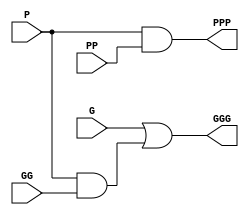
`timescale 1ns / 1ps
//////////////////////////////////////////////////////////////////////////////////
// Company: 
// Engineer: 
// 
// Design Name: 
// Module Name:    kogge_stone_4bit 
// Project Name: 
// Target Devices: 
// Tool versions: 
// Description: 
//
// Dependencies: 
//
// Revision: 
// Revision 0.01 - File Created
// Additional Comments: 
//
//////////////////////////////////////////////////////////////////////////////////
module B_cell(G,P,GG,PP,GGG,PPP);
	input G;
	input P;
	input GG;
	input PP;
	output GGG;
	output PPP;
	
	assign GGG = G | (P & GG);
	assign PPP = P & PP;
	
endmodule

module G_cell(G,P,GG,PP,GGG,PPP);
	input G;
	input P;
	input GG;
	input PP;
	output GGG;
	output PPP;
	
	assign GGG = G | (P& GG);
	assign PPP = P;
	
endmodule

module buffer(
	G,P,GGG,PPP
	);
	
	input G;
	input P;
	output GGG;
	output PPP;
	
	assign GGG = G;
	assign PPP = P;
	
endmodule

module kogge_stone_Nbit_NOCLK
	#(parameter bw = 32)
	(
	A,B,Cin,
	Sum,Cout
    );
	parameter integer level = $clog2(bw+1)+2;
	//parameter integer level = 7;
	
	input [bw:1] A;
	input [bw:1] B;
	input Cin;
	output Cout;
	output [bw:1] Sum;
	
	wire Co;
	wire [bw:1] S;
	
	wire [bw:1] G;
	wire [bw:1] P;
	
	assign G = A & B;
	assign P = A ^ B;
	
	wire [(bw+1)*level:0] GG;
	wire [(bw+1)*level:0] PP;

	
	genvar i;
	genvar j;
	//(2**(i-1))
	
	generate
		for(i=1; i <= level+1;i=i+1)begin:loop_init
			assign GG[(bw+1)*(i-1)] = Cin; 
			assign PP[(bw+1)*(i-1)] = 0;
		end
	endgenerate
	
	assign GG[bw:1] = A & B;
	assign PP[bw:1] = A ^ B;
	
	generate
		for(i=1; (2**(i-1))<= bw; i=i+1) begin :loop_1
			if(i > 1) begin
				for(j=2**(i-2); j <= bw; j = j+1) begin : loop_2
					if(j <=(2**(i-1)-1)) begin
						buffer U0(GG[(i-1)*(bw+1) + j], PP[(i-1)*(bw+1) + j],GG[i*(bw+1) + j], PP[i*(bw+1) + j]);
					end
				end
			end
			for(j=(2**(i-1)); j <= bw; j = j+1) begin :loop_3
				if(j <= (2**i -1)) begin
					G_cell U1(GG[(i-1)*(bw+1) + j], PP[(i-1)*(bw+1) + j], GG[(i-1)*(bw+1) + j - (2**(i-1))], PP[(i-1)*(bw+1) + j - (2**(i-1))],GG[i*(bw+1) + j], PP[i*(bw+1) + j]);
					assign Sum[j] = P[j] ^ GG[i*(bw+1) + j-1];
				end
				else	begin
					B_cell U2(GG[(i-1)*(bw+1) + j], PP[(i-1)*(bw+1) + j], GG[(i-1)*(bw+1) + j - (2**(i-1))], PP[(i-1)*(bw+1) + j - (2**(i-1))],GG[i*(bw+1) + j], PP[i*(bw+1) + j]);
				end
			end
			
			if(2**i > bw) begin
				assign Cout = GG[(i*(bw+1) + bw)];
			end
		end
	endgenerate

endmodule


module kogge_stone_Nbit #(parameter bw = 16)(
	A,B,cin,
	cout,sum,
	CLK, RESETn
    );
	 
	//parameter bw = 32;
	parameter integer level = $clog2(bw+1)+2;
	//parameter integer level = 7;
	
	input [bw:1] A;
	input [bw:1] B;
	input cin;
	input CLK;
	input RESETn;
	output reg cout;
	output reg [bw:1] sum;
	
	wire Co;
	wire [bw:1] S;
	
	wire [bw:1] G;
	wire [bw:1] P;
	
	assign G = A & B;
	assign P = A ^ B;
	
	wire [(bw+1)*level:0] GG;
	wire [(bw+1)*level:0] PP;

	
	genvar i;
	genvar j;
	//(2**(i-1))
	
	generate
		for(i=1; i <= level+1;i=i+1)begin:loop_init
			assign GG[(bw+1)*(i-1)] = cin; 
			assign PP[(bw+1)*(i-1)] = 0;
		end
	endgenerate
	
	assign GG[bw:1] = A & B;
	assign PP[bw:1] = A ^ B;
	
	generate
		for(i=1; (2**(i-1))<= bw; i=i+1) begin :loop_1
			if(i > 1) begin
				for(j=2**(i-2); j <= bw; j = j+1) begin : loop_2
					if(j <=(2**(i-1)-1)) begin
						buffer U0(GG[(i-1)*(bw+1) + j], PP[(i-1)*(bw+1) + j],GG[i*(bw+1) + j], PP[i*(bw+1) + j]);
					end
				end
			end
			for(j=(2**(i-1)); j <= bw; j = j+1) begin :loop_3
				if(j <= (2**i -1)) begin
					G_cell U1(GG[(i-1)*(bw+1) + j], PP[(i-1)*(bw+1) + j], GG[(i-1)*(bw+1) + j - (2**(i-1))], PP[(i-1)*(bw+1) + j - (2**(i-1))],GG[i*(bw+1) + j], PP[i*(bw+1) + j]);
					assign S[j] = P[j] ^ GG[i*(bw+1) + j-1];
				end
				else	begin
					B_cell U2(GG[(i-1)*(bw+1) + j], PP[(i-1)*(bw+1) + j], GG[(i-1)*(bw+1) + j - (2**(i-1))], PP[(i-1)*(bw+1) + j - (2**(i-1))],GG[i*(bw+1) + j], PP[i*(bw+1) + j]);
				end
			end
			
			if(2**i > bw) begin
				assign Co = GG[(i*(bw+1) + bw)];
			end
		end
	endgenerate
	
	always@(posedge CLK, negedge RESETn) begin
		if(!RESETn) begin
			cout <= 0;
			sum <= 0;
		end else begin
			cout <= Co;
			sum <= S;
		end
	end
endmodule

module pipe_kogge_stone_Nbit(
	A,B,cin,
	cout,sum,
	CLK, RESETn
    );
	 
	parameter bw = 16;
	parameter fbw = 32;
	//parameter integer level = $ceil($clog2(bw+1))+1;
	parameter level = 6;
	
	input [fbw:1] A;
	input [fbw:1] B;
	input cin;
	input CLK;
	input RESETn;
	output reg cout;
	output reg [fbw:1] sum;
	
	wire Co;
	wire [fbw:1] S;
	
	wire [fbw:1] G;
	wire [fbw:1] P;
	
	assign G = A & B;
	assign P = A ^ B;
	
	wire [(bw+1)*level:0] GG;
	wire [(bw+1)*level:0] PP;
	
	wire [(bw+1)*level:0] p_GG; 
	wire [(bw+1)*level:0] p_PP;
	
	reg [bw:1] REG_GG;
	reg [bw:1] REG_PP;
	
	genvar i;
	genvar j;
	//(2**(i-1))
	

	
	assign GG[bw:1] = A[bw:1] & B[bw:1];
	assign PP[bw:1] = A[bw:1] ^ B[bw:1];
	assign p_GG[bw:1] = REG_GG[bw:1];
	assign p_PP[bw:1] = REG_PP[bw:1];
	wire cl;
	wire [bw:1] aS;
	reg p_C;
	reg [bw:1]p_S;
	
	generate
		for(i=1; i <= level+1;i=i+1)begin:loop_init
			assign GG[(bw+1)*(i-1)] = cin; 
			assign PP[(bw+1)*(i-1)] = 0;
			assign p_GG[(bw+1)*(i-1)] = p_C;
			assign p_PP[(bw+1)*(i-1)] = 0;
		end
	endgenerate
	
	generate
		for(i=1; (2**(i-1))<= bw; i=i+1) begin :loop_1
			if(i > 1) begin
				for(j=2**(i-2); j <= bw; j = j+1) begin : loop_2
					if(j <=(2**(i-1)-1)) begin
						buffer U0(GG[(i-1)*(bw+1) + j], PP[(i-1)*(bw+1) + j],GG[i*(bw+1) + j], PP[i*(bw+1) + j]);
					end
				end
			end
			for(j=(2**(i-1)); j <= bw; j = j+1) begin :loop_3
				if(j <= (2**i -1)) begin
					G_cell U1(GG[(i-1)*(bw+1) + j], PP[(i-1)*(bw+1) + j], GG[(i-1)*(bw+1) + j - (2**(i-1))], PP[(i-1)*(bw+1) + j - (2**(i-1))],GG[i*(bw+1) + j], PP[i*(bw+1) + j]);
					assign S[j] = P[j] ^ GG[i*(bw+1) + j-1];
				end
				else	begin
					B_cell U2(GG[(i-1)*(bw+1) + j], PP[(i-1)*(bw+1) + j], GG[(i-1)*(bw+1) + j - (2**(i-1))], PP[(i-1)*(bw+1) + j - (2**(i-1))],GG[i*(bw+1) + j], PP[i*(bw+1) + j]);
				end
			end
			
			if(2**i > bw) begin
				assign cl = GG[(i*(bw+1) + bw)];
			end
		end
		
		for(i=1; (2**(i-1))<= bw; i=i+1) begin :loop_4
			if(i > 1) begin
				for(j=2**(i-2); j <= bw; j = j+1) begin : loop_5
					if(j <=(2**(i-1)-1)) begin
						buffer U0(p_GG[(i-1)*(bw+1) + j], p_PP[(i-1)*(bw+1) + j],p_GG[i*(bw+1) + j], p_PP[i*(bw+1) + j]);
					end
				end
			end
			for(j=(2**(i-1)); j <= bw; j = j+1) begin :loop_6
				if(j <= (2**i -1)) begin
					G_cell U1(p_GG[(i-1)*(bw+1) + j], p_PP[(i-1)*(bw+1) + j], p_GG[(i-1)*(bw+1) + j - (2**(i-1))], p_PP[(i-1)*(bw+1) + j - (2**(i-1))],p_GG[i*(bw+1) + j], p_PP[i*(bw+1) + j]);
					assign aS[j] = p_PP[j] ^ p_GG[i*(bw+1) + j-1];
				end
				else	begin
					B_cell U2(p_GG[(i-1)*(bw+1) + j], p_PP[(i-1)*(bw+1) + j], p_GG[(i-1)*(bw+1) + j - (2**(i-1))], p_PP[(i-1)*(bw+1) + j - (2**(i-1))],p_GG[i*(bw+1) + j], p_PP[i*(bw+1) + j]);
				end
			end
			
			if(2**i > bw) begin
				assign Co = p_GG[(i*(bw+1) + bw)];
			end
		end
	endgenerate
	

	 always@(posedge CLK, negedge RESETn) begin
		if(!RESETn) begin
			sum <= 0;
			cout <= 0;
			REG_GG <= 0;
			REG_PP <= 0;
			p_S <= 0;
			p_C <= 0;

		end else begin
			sum[bw:1] <= p_S;
			sum[fbw:bw+1] <= aS[bw:1];
			cout <= Co;
			REG_GG <= A[fbw:bw+1] & B[fbw:bw+1];
			REG_PP <= A[fbw:bw+1] ^ B[fbw:bw+1];
			p_S <= S[bw:1];
			p_C <= cl;
		end
	 end


endmodule